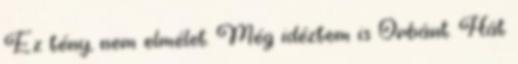
Ez tény, nem elmélet. Még idéztem is Orbánt. Hát